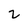
Character: 2